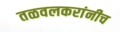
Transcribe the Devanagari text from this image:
तळवलकरांनीच